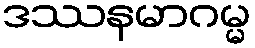
ဒဿနမာဂမ္မ